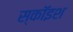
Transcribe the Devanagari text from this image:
स्कॉइश